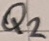
Text: Q2